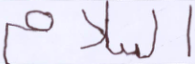
السلام